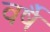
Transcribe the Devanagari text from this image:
वर्षै